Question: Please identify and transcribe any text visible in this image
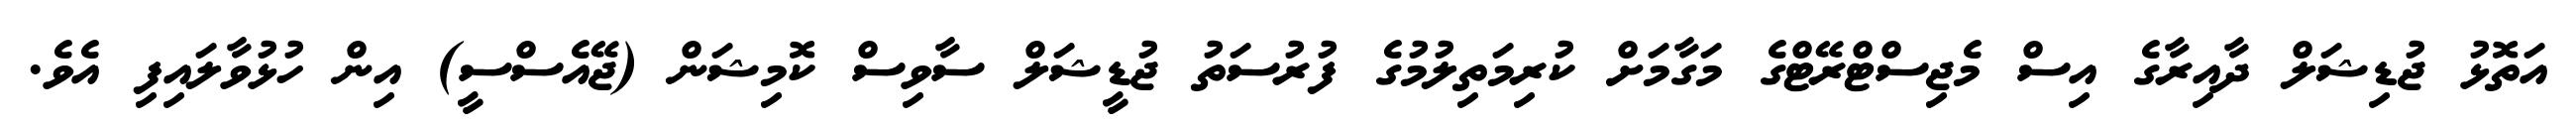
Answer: އަތޮޅު ޖުޑިޝަލް ދާއިރާގެ އިސް މެޖިސްޓްރޭޓްގެ މަގާމަށް ކުރިމަތިލުމުގެ ފުރުސަތު ޖުޑީޝަލް ސާވިސް ކޮމިޝަން (ޖޭއެސްސީ) އިން ހުޅުވާލައިފި އެވެ.